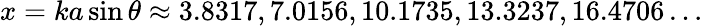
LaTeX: x=ka\sin\theta\approx 3.8317,7.0156,10.1735,13.3237,16.4706\dots